Annual administration report of the Civil Veterinary Department of India - 1899-1900
Year: 1899
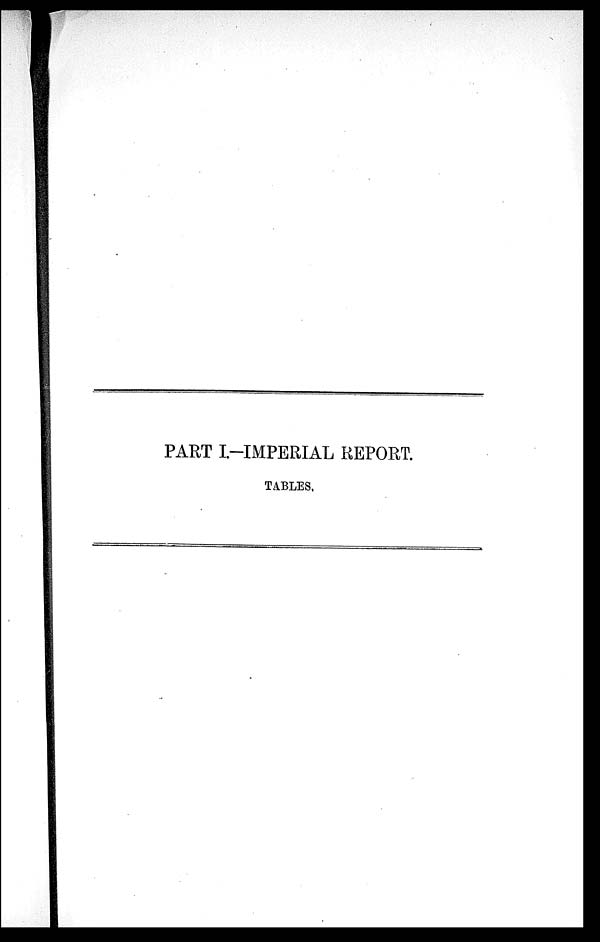
PART I.-IMPERIAL REPORT.
TABLES.